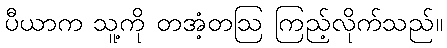
ပီယာက သူ့ကို တအံ့တဩ ကြည့်လိုက်သည်။